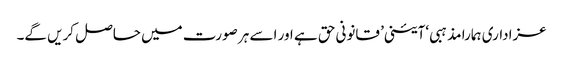
عزاداری ہمارا مذہبی ‘آئینی’ قانونی حق ہے اور اسے ہر صورت میں حاصل کریں گے۔